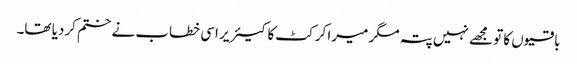
باقیوں کا تو مجھے نہیں پتہ مگر میرا کرکٹ کا کیئر یر اسی خطاب نے ختم کردیا تھا۔